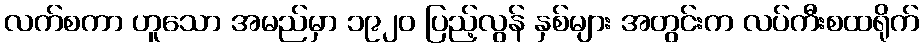
လက်စကာ ဟူသော အမည်မှာ ၁၉၂၀ ပြည့်လွန် နှစ်များ အတွင်းက လပ်ကီးစထရိုက်